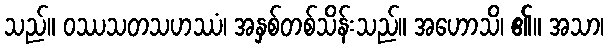
သည်။ ဝဿသတသဟဿံ၊ အနှစ်တစ်သိန်းသည်။ အဟောသိ၊ ၏။ အသာ၊